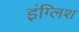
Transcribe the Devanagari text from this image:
इंग्‍लिश